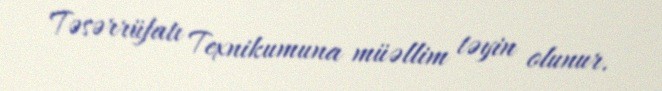
Təsərrüfatı Texnikumuna müəllim təyin olunur.